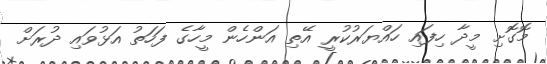
މޮގޮށި މީދާ ހިފައި ހައްޔަރުކުރީ އޭތި އަންހެން މީހާގެ ފަހަތު އަޅުވައި ދުރަށް